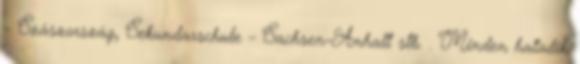
– Szászország, Sekundarschule – Sachsen-Anhalt stb. . Minden hatodik